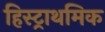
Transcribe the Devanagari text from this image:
हिस्ट्राथमिक